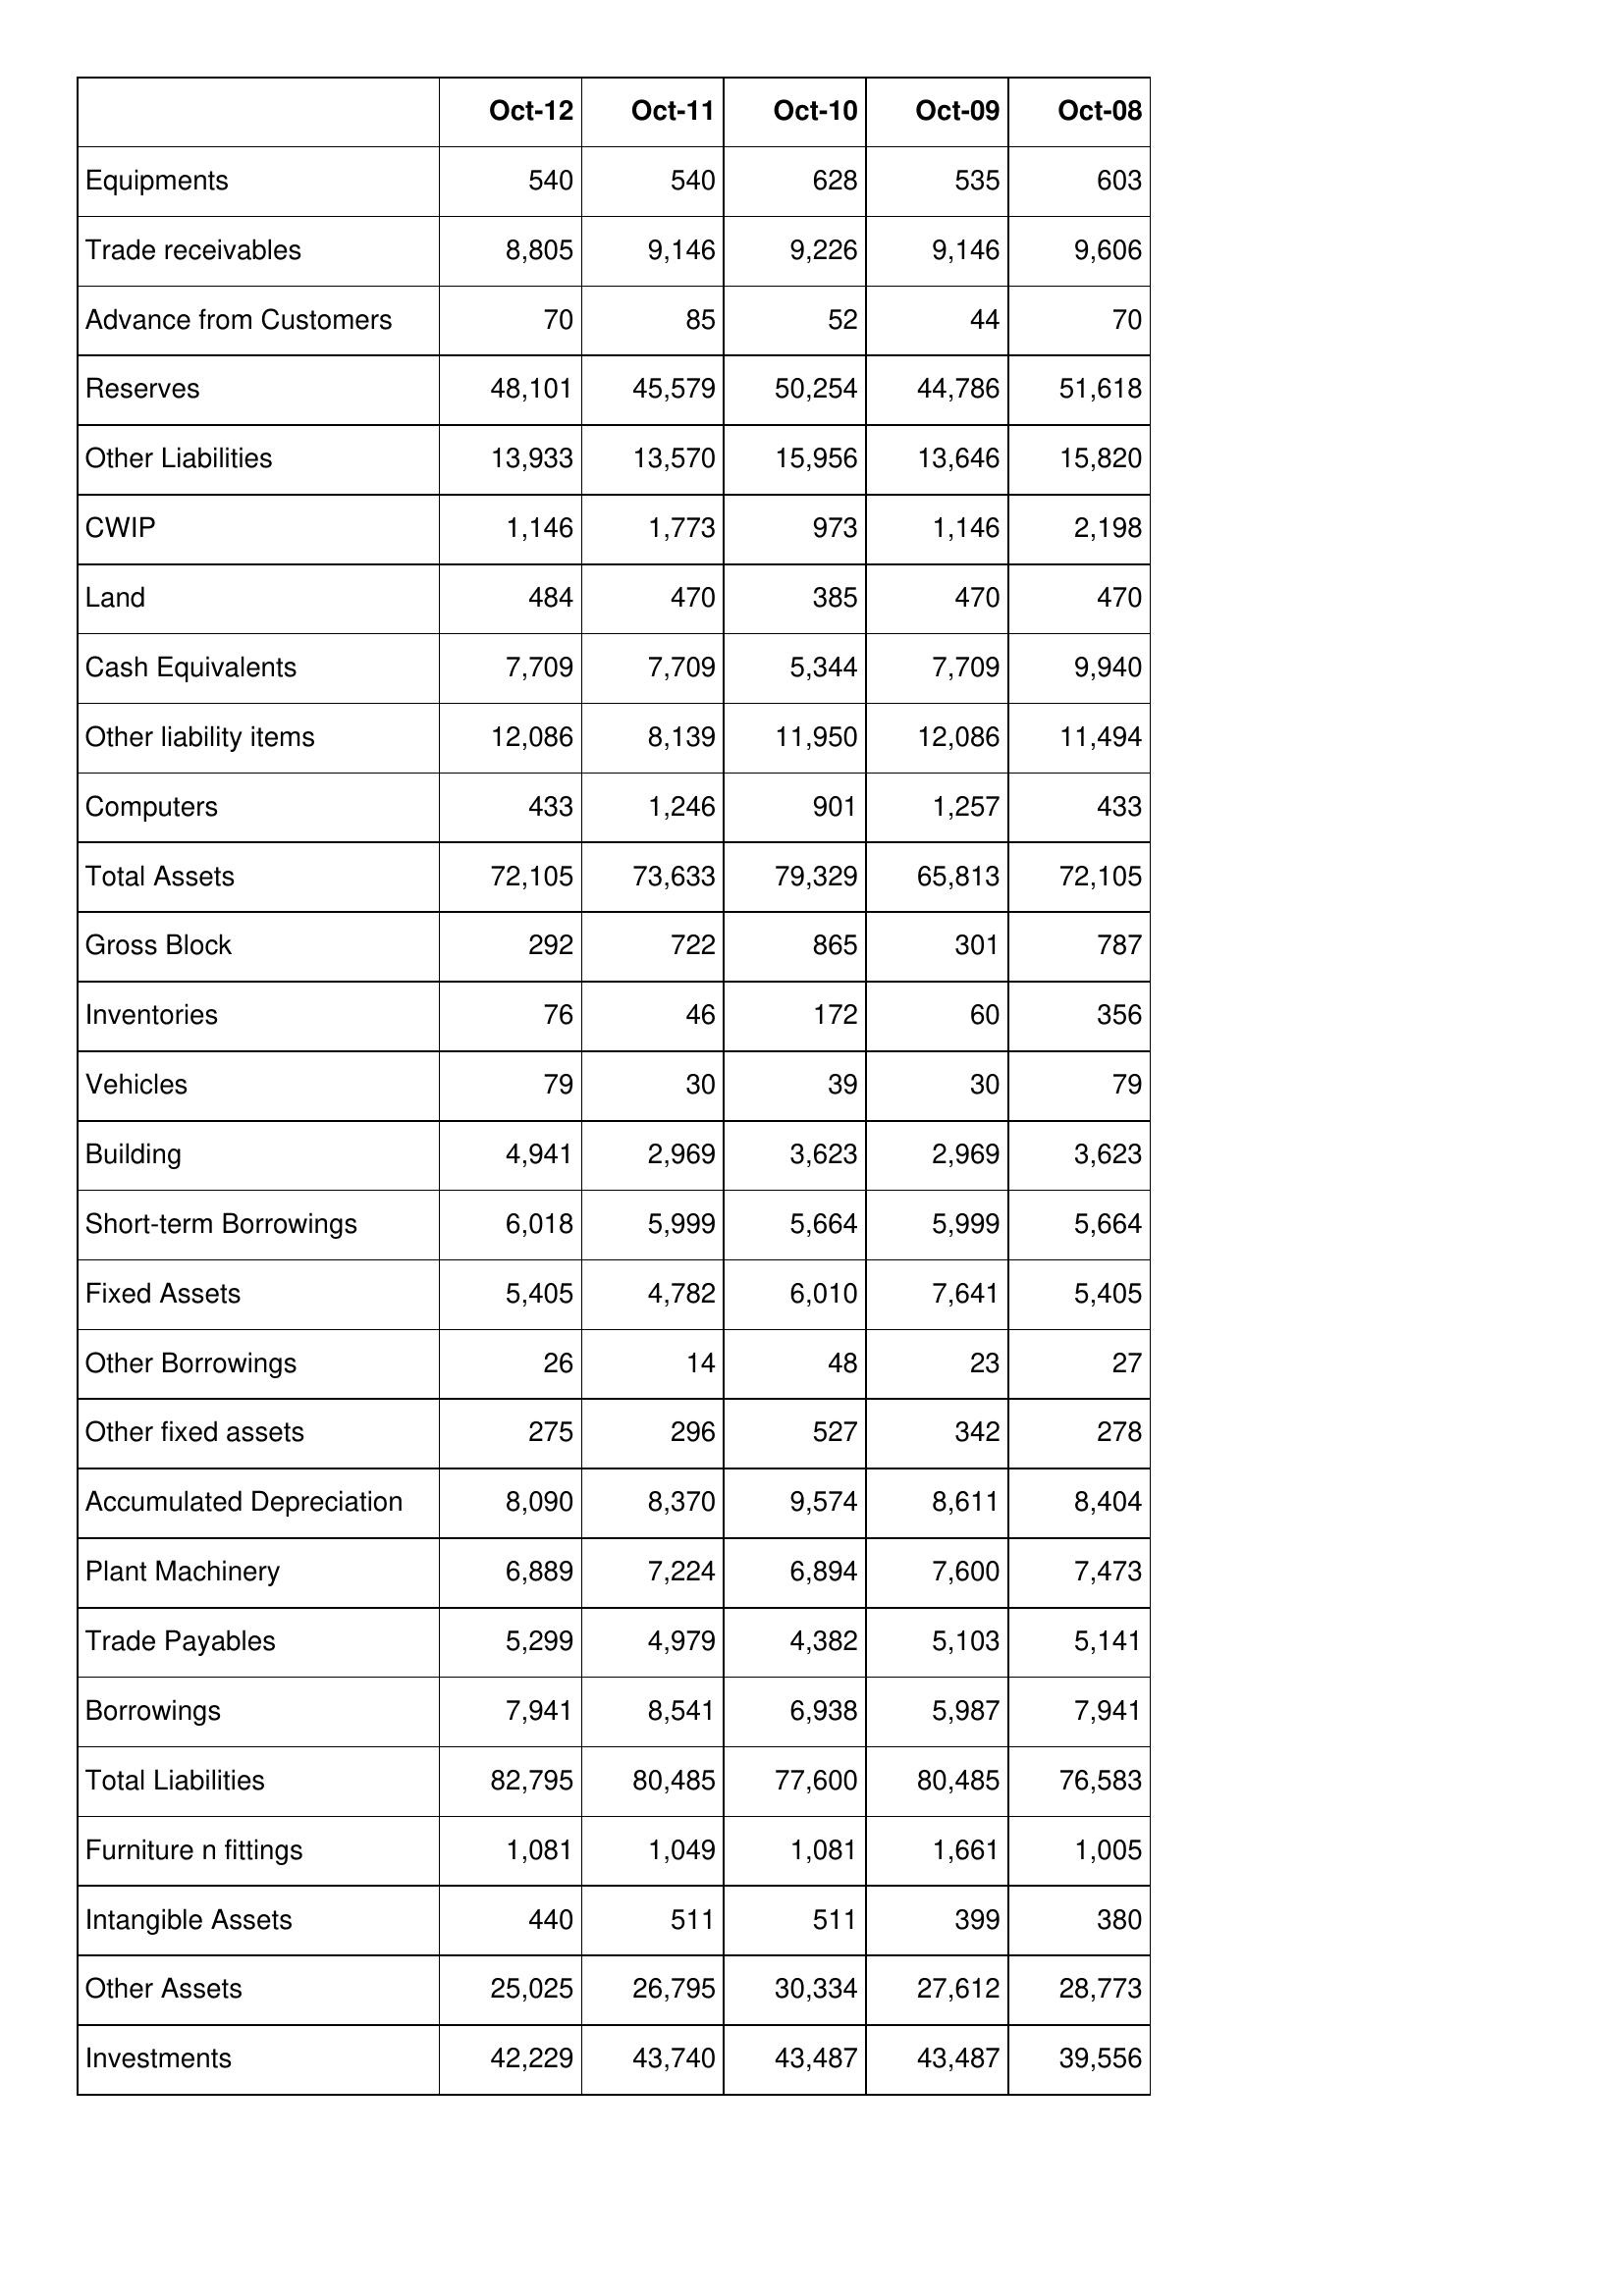
Oct-12: Balance Sheet: Equipments: 540
Trade receivables: 8,805
Advance from Customers: 70
Reserves: 48,101
Other Liabilities: 13,933
CWIP: 1,146
Land: 484
Cash Equivalents: 7,709
Other liability items: 12,086
Computers: 433
Total Assets: 72,105
Gross Block: 292
Inventories: 76
Vehicles: 79
Building: 4,941
Short-term Borrowings: 6,018
Fixed Assets: 5,405
Other Borrowings: 26
Other fixed assets: 275
Accumulated Depreciation: 8,090
Plant Machinery: 6,889
Trade Payables: 5,299
Borrowings: 7,941
Total Liabilities: 82,795
Furniture n fittings: 1,081
Intangible Assets: 440
Other Assets: 25,025
Investments: 42,229
Oct-11: Balance Sheet: Equipments: 540
Trade receivables: 9,146
Advance from Customers: 85
Reserves: 45,579
Other Liabilities: 13,570
CWIP: 1,773
Land: 470
Cash Equivalents: 7,709
Other liability items: 8,139
Computers: 1,246
Total Assets: 73,633
Gross Block: 722
Inventories: 46
Vehicles: 30
Building: 2,969
Short-term Borrowings: 5,999
Fixed Assets: 4,782
Other Borrowings: 14
Other fixed assets: 296
Accumulated Depreciation: 8,370
Plant Machinery: 7,224
Trade Payables: 4,979
Borrowings: 8,541
Total Liabilities: 80,485
Furniture n fittings: 1,049
Intangible Assets: 511
Other Assets: 26,795
Investments: 43,740
Oct-10: Balance Sheet: Equipments: 628
Trade receivables: 9,226
Advance from Customers: 52
Reserves: 50,254
Other Liabilities: 15,956
CWIP: 973
Land: 385
Cash Equivalents: 5,344
Other liability items: 11,950
Computers: 901
Total Assets: 79,329
Gross Block: 865
Inventories: 172
Vehicles: 39
Building: 3,623
Short-term Borrowings: 5,664
Fixed Assets: 6,010
Other Borrowings: 48
Other fixed assets: 527
Accumulated Depreciation: 9,574
Plant Machinery: 6,894
Trade Payables: 4,382
Borrowings: 6,938
Total Liabilities: 77,600
Furniture n fittings: 1,081
Intangible Assets: 511
Other Assets: 30,334
Investments: 43,487
Oct-09: Balance Sheet: Equipments: 535
Trade receivables: 9,146
Advance from Customers: 44
Reserves: 44,786
Other Liabilities: 13,646
CWIP: 1,146
Land: 470
Cash Equivalents: 7,709
Other liability items: 12,086
Computers: 1,257
Total Assets: 65,813
Gross Block: 301
Inventories: 60
Vehicles: 30
Building: 2,969
Short-term Borrowings: 5,999
Fixed Assets: 7,641
Other Borrowings: 23
Other fixed assets: 342
Accumulated Depreciation: 8,611
Plant Machinery: 7,600
Trade Payables: 5,103
Borrowings: 5,987
Total Liabilities: 80,485
Furniture n fittings: 1,661
Intangible Assets: 399
Other Assets: 27,612
Investments: 43,487
Oct-08: Balance Sheet: Equipments: 603
Trade receivables: 9,606
Advance from Customers: 70
Reserves: 51,618
Other Liabilities: 15,820
CWIP: 2,198
Land: 470
Cash Equivalents: 9,940
Other liability items: 11,494
Computers: 433
Total Assets: 72,105
Gross Block: 787
Inventories: 356
Vehicles: 79
Building: 3,623
Short-term Borrowings: 5,664
Fixed Assets: 5,405
Other Borrowings: 27
Other fixed assets: 278
Accumulated Depreciation: 8,404
Plant Machinery: 7,473
Trade Payables: 5,141
Borrowings: 7,941
Total Liabilities: 76,583
Furniture n fittings: 1,005
Intangible Assets: 380
Other Assets: 28,773
Investments: 39,556